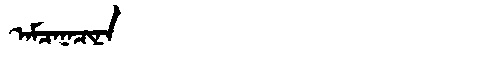
Manchu: ᠠᠮᠴᠠᠨᠠᠴᡳᠨᠠ
Romanization: AMCANACINA